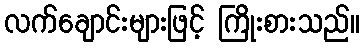
လက်ချောင်းများဖြင့် ကြိုးစားသည်။